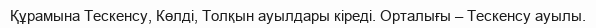
Құрамына Тескенсу, Көлді, Толқын ауылдары кіреді. Орталығы – Тескенсу ауылы.